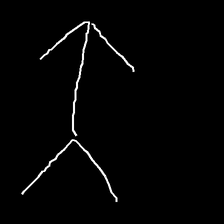
Glyph: gather